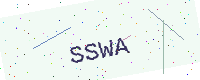
Text: SSWA